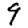
Digit: 9